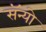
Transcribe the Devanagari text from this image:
सॅन्यो